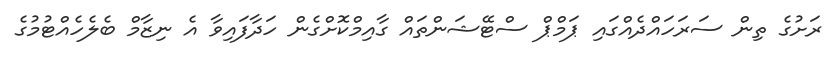
ރަށުގެ ތިން ސަރަހައްދެއްގައި ޕަމްޕް ސްޓޭޝަންތައް ގާއިމްކޮށްގެން ހަދާފައިވާ އެ ނިޒާމް ބެލެހެއްޓުމުގެ